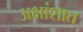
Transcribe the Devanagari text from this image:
अक्षांशात